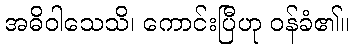
အဓိဝါသေသိ၊ ကောင်းပြီဟု ဝန်ခံ၏။